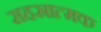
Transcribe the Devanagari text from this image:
सहस्रात्मक